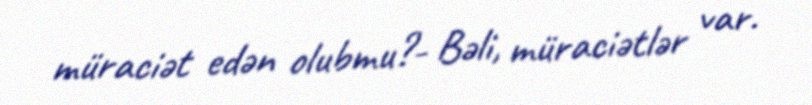
müraciət edən olubmu?- Bəli, müraciətlər var.